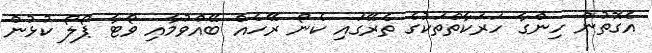
އެގޮތުން ހިންގާ ހަރަކާތްތަކުގެ ތެރޭގައި ކެނޯ ރޭހެއް ބޭއްވުމާއި ވޯޓާ ޕޯލޯ ކުޅުން